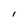
Character: I